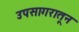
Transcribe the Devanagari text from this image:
उपसागरातून